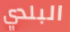
البلدي